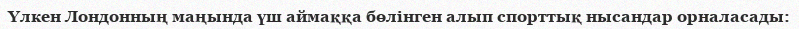
Үлкен Лондонның маңында үш аймаққа бөлінген алып спорттық нысандар орналасады: